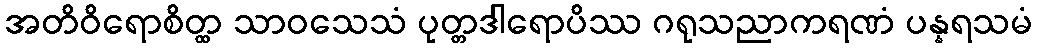
အတိဝိရောစိတ္ထ သာဝသေသံ ပုတ္တဒါရောပိဿ ဂရုသညာကရဏံ ပန္နရသမံ